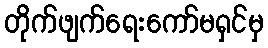
တိုက်ဖျက်ရေးကော်မရှင်မှ